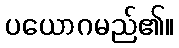
ပယောဂမည်၏။